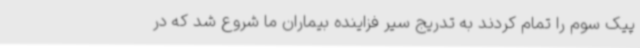
پیک سوم را تمام کردند به تدریج سیر فزاینده بیماران ما شروع شد که در